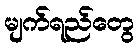
မျက်ရည်တွေ